Annual administration report of the Civil Veterinary Department of India - 1895-1896
Year: 1895
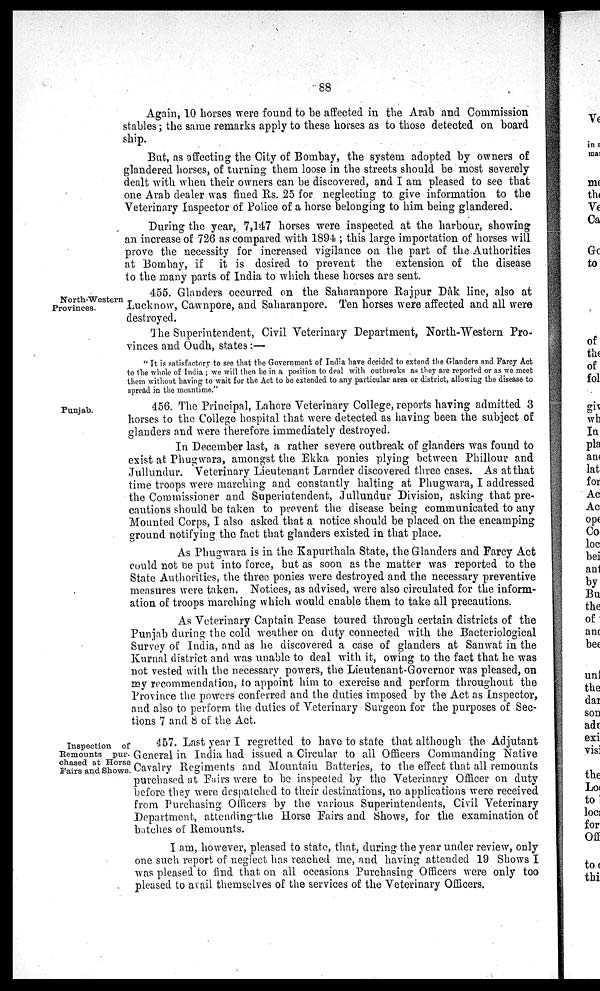
88
Again, 10 horses were found to be affected in the Arab and Commission
stables; the same remarks apply to these horses as to those detected on board
ship.
But, as affecting the City of Bombay, the system adopted by owners of
glandered horses, of turning them loose in the streets should be most severely
dealt with when their owners can be discovered, and I am pleased to see that
one Arab dealer was fined Rs. 25 for neglecting to give information to the
Veterinary Inspector of Police of a horse belonging to him being glandered.
During the year, 7,147 horses were inspected at the harbour, showing
an increase of 726 as compared with 1894; this large importation of horses will
prove the necessity for increased vigilance on the part of the Authorities
at Bombay, if it is desired to prevent the extension of the disease
to the many parts of India to which these horses are sent.
North-Western
Provinces.
455. Glanders occurred on the Saharanpore Rajpur Dàk line, also at
Lucknow, Cawnpore, and Saharanpore. Ten horses were affected and all were
destroyed.
The Superintendent, Civil Veterinary Department, North-Western Pro-
vinces and Oudh, states:—
" It is satisfactory to see that the Government of India have decided to extend the Glanders and Farcy Act
to the whole of India; we will then be in a position to deal with outbreaks as they are reported or as we meet
them without having to wait for the Act to be extended to any particular area or district, allowing the disease to
spread in the meantime."
Punjab.
456. The Principal, Lahore Veterinary College, reports having admitted 3
horses to the College hospital that were detected as having been the subject of
glanders and were therefore immediately destroyed.
In December last, a rather severe outbreak of glanders was found to
exist at Phugwara, amongst the Ekka ponies plying between Phillour and
Jullundur. Veterinary Lieutenant Larnder discovered three cases. As at that
time troops were marching and constantly halting at Phugwara, I addressed
the Commissioner and Superintendent, Jullundur Division, asking that pre-
cautions should be taken to prevent the disease being communicated to any
Mounted Corps, I also asked that a notice should be placed on the encamping
ground notifying the fact that glanders existed in that place.
As Phugwara is in the Kapurthala State, the Glanders and Farcy Act
could not be put into force, but as soon as the matter was reported to the
State Authorities, the three ponies were destroyed and the necessary preventive
measures were taken. Notices, as advised, were also circulated for the inform-
ation of troops marching which would enable them to take all precautions.
As Veterinary Captain Pease toured through certain districts of the
Punjab during the cold weather on duty connected with the Bacteriological
Survey of India, and as he discovered a case of glanders at Sanwat in the
Kurnal district and was unable to deal with it, owing to the fact that he was
not vested with the necessary powers, the Lieutenant-Governor was pleased, on
my recommendation, to appoint him to exercise and perform throughout the
Province the powers conferred and the duties imposed by the Act as Inspector,
and also to perform the duties of Veterinary Surgeon for the purposes of Sec-
tions 7 and 8 of the Act.
Inspection of
Remounts pur-
chased at Horse
Fairs and Shows.
457. Last year I regretted to have to state that although the Adjutant
General in India had issued a Circular to all Officers Commanding Native
Cavalry Regiments and Mountain Batteries, to the effect that all remounts
purchased at Fairs were to be inspected by the Veterinary Officer on duty
before they were despatched to their destinations, no applications were received
from Purchasing Officers by the various Superintendents, Civil Veterinary
Department, attending the Horse Fairs and Shows, for the examination of
batches of Remounts.
I am, however, pleased to state, that, during the year under review, only
one such report of neglect has reached me, and having attended 19 Shows I
was pleased to find that on all occasions Purchasing Officers were only too
pleased to avail themselves of the services of the Veterinary Officers.